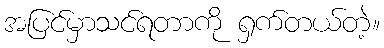
အပြင်မှာသင်ရတာကို ရှက်တယ်တဲ့။